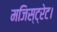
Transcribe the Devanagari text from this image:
मजिस्ट्रेट।